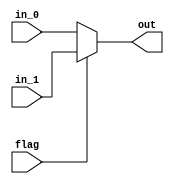
module mux #(
  parameter LENGTH = 4,
  parameter DATA_WIDTH = 16
)(
  input flag,
  input [LENGTH*DATA_WIDTH-1 : 0] in_0,
  input [LENGTH*DATA_WIDTH-1 : 0] in_1,  
  output [LENGTH*DATA_WIDTH-1 : 0] out  
);
  assign out = flag ? in_1 : in_0;
endmodule

module invert #(
  parameter LENGTH = 4,
  parameter DATA_WIDTH = 16
) (
  input [LENGTH*DATA_WIDTH-1 : 0] in,
  output [LENGTH*DATA_WIDTH-1 : 0] out
);
  genvar i; 
  generate for (i=0; i<LENGTH; i=i+1)
    assign out[DATA_WIDTH*(i+1) -1 -: DATA_WIDTH] 
           = in[DATA_WIDTH*(LENGTH-i) -1 -: DATA_WIDTH];
  endgenerate 
endmodule

module shifter #(
  parameter LENGTH = 3,
  parameter DATA_WIDTH = 16
) (
  input clk,
  input enable,
  input [DATA_WIDTH-1 : 0] in,
  output reg [DATA_WIDTH-1 : 0] out = 0
);
  reg [DATA_WIDTH*LENGTH-1 : 0] inner_shifters = 0;
  integer i;
  always @(posedge clk ) begin
    if (enable) begin
      inner_shifters[DATA_WIDTH-1 : 0] <= in;
      out <= inner_shifters[DATA_WIDTH*LENGTH-1 -: DATA_WIDTH];
      for (i=1; i<LENGTH; i=i+1) 
        inner_shifters[DATA_WIDTH*(i+1) - 1 -: DATA_WIDTH] 
        <= inner_shifters[DATA_WIDTH*i - 1 -: DATA_WIDTH];
    end else begin
      out <= out;
      inner_shifters <= inner_shifters;
    end
  end  
endmodule

module column_shifter #(
  parameter LENGTH = 4,
  parameter DATA_WIDTH = 16
) (
  input clk,
  input enable,
  input [LENGTH*DATA_WIDTH-1 : 0] in,
  output reg [LENGTH*DATA_WIDTH-1 : 0] out  
);
  always @(posedge clk) out <= in;
endmodule

// 
module triangle_shifter_array #(
  parameter HIGHT = 4,
  parameter DATA_WIDTH = 16 
) (
  input clk,
  input enable,
  input [DATA_WIDTH*HIGHT-1 : 0] in,
  output [DATA_WIDTH*HIGHT-1 : 0] out
);
  reg [DATA_WIDTH-1:0] lowest = 0;
  genvar i;
  assign out[DATA_WIDTH-1 -: DATA_WIDTH] = lowest;
  always @(posedge clk) 
    lowest <= in[DATA_WIDTH-1 -: DATA_WIDTH];
  generate for( i = 1; i< HIGHT; i=i+1) begin
      shifter #(i, DATA_WIDTH) shifter (clk, enable, in[DATA_WIDTH*(i+1)-1 -: DATA_WIDTH], out[DATA_WIDTH*(i+1)-1 -: DATA_WIDTH]);
  end endgenerate
endmodule

module input_parser_1 #(
  parameter Full_Size = 8,
  parameter Half_Size = 4,
  parameter DATA_WIDTH = 16
) (
  input clk,
  input enable,
  input tile,
  input [Full_Size*DATA_WIDTH-1 : 0] in_0,
  input [Full_Size*DATA_WIDTH-1 : 0] in_1,  // 
  output [Full_Size*DATA_WIDTH-1 : 0] out_0,
  output [Full_Size*DATA_WIDTH-1 : 0] out_1 // 
);
  wire [Half_Size*DATA_WIDTH-1 : 0] wire_tri_0_out;
  wire [Half_Size*DATA_WIDTH-1 : 0] wire_tri_0_out_delayed;
  wire [Half_Size*DATA_WIDTH-1 : 0] wire_tri_1_out;
  wire [Half_Size*DATA_WIDTH-1 : 0] wire_tri_2_in;
  wire [Half_Size*DATA_WIDTH-1 : 0] wire_tri_2_out;
  wire [Half_Size*DATA_WIDTH-1 : 0] wire_tri_2_out_inv;
  wire [Half_Size*DATA_WIDTH-1 : 0] wire_tri_3_in;
  wire [Half_Size*DATA_WIDTH-1 : 0] wire_tri_3_out;
  wire [Half_Size*DATA_WIDTH-1 : 0] inv_3_data_out;

  triangle_shifter_array #(Half_Size, DATA_WIDTH) triangle_0 (clk, enable, in_0[Half_Size*DATA_WIDTH-1 -: Half_Size*DATA_WIDTH], wire_tri_0_out);
  triangle_shifter_array #(Half_Size, DATA_WIDTH) triangle_1 (clk, enable, in_0[Full_Size*DATA_WIDTH-1 -: Half_Size*DATA_WIDTH], wire_tri_1_out);
  mux #(Half_Size,DATA_WIDTH) mux_tri_2_in (tile, wire_tri_1_out, in_1[Full_Size*DATA_WIDTH-1 -: Half_Size*DATA_WIDTH], wire_tri_2_in);
  triangle_shifter_array #(Half_Size, DATA_WIDTH) triangle_2 (clk, enable, wire_tri_2_in, wire_tri_2_out);
  invert #(Half_Size,DATA_WIDTH) invert_2_out (wire_tri_2_out, wire_tri_2_out_inv);
  mux #(Half_Size,DATA_WIDTH) mux_tri_3_in (tile, wire_tri_2_out_inv, in_1[Half_Size*DATA_WIDTH-1 -: Half_Size*DATA_WIDTH], wire_tri_3_in);
  triangle_shifter_array #(Half_Size, DATA_WIDTH) triangle_3 (clk, enable, wire_tri_3_in, wire_tri_3_out);
  invert #(Half_Size,DATA_WIDTH) invert_3_out (wire_tri_3_out, inv_3_data_out);
  column_shifter # (Half_Size, DATA_WIDTH) column (clk, enable, wire_tri_0_out, wire_tri_0_out_delayed);
  assign out_0[Full_Size*DATA_WIDTH-1 -: Half_Size*DATA_WIDTH] = tile ? wire_tri_3_out : inv_3_data_out;
  assign out_0[Half_Size*DATA_WIDTH-1 -: Half_Size*DATA_WIDTH] = tile ? wire_tri_0_out : wire_tri_0_out_delayed;
  assign out_1[Half_Size*DATA_WIDTH-1 -: Half_Size*DATA_WIDTH] = wire_tri_3_out;
  assign out_1[Full_Size*DATA_WIDTH-1 -: Half_Size*DATA_WIDTH] = wire_tri_2_out;
endmodule

module input_parser_2 #(
  parameter Full_Size = 8,
  parameter Half_Size = 4,
  parameter DATA_WIDTH = 16
) (
  input clk,
  input enable,
  input tile,
  input [3:0] sub_tile,
  input [Full_Size*DATA_WIDTH-1 : 0] in_0,
  input [Full_Size*DATA_WIDTH-1 : 0] in_1,  // 
  output [Full_Size*DATA_WIDTH-1 : 0] out_0,
  output [Full_Size*DATA_WIDTH-1 : 0] out_1 // 
);
  wire [Half_Size*DATA_WIDTH-1 : 0] wire_tri_0_out;
  wire [Half_Size*DATA_WIDTH-1 : 0] wire_tri_0_out_delayed;
  wire [Half_Size*DATA_WIDTH-1 : 0] wire_tri_1_out;
  wire [Half_Size*DATA_WIDTH-1 : 0] wire_tri_2_in;
  wire [Half_Size*DATA_WIDTH-1 : 0] wire_tri_2_out;
  wire [Half_Size*DATA_WIDTH-1 : 0] wire_tri_2_out_inv;
  wire [Half_Size*DATA_WIDTH-1 : 0] wire_tri_3_in;
  wire [Half_Size*DATA_WIDTH-1 : 0] wire_tri_3_out;
  wire [Half_Size*DATA_WIDTH-1 : 0] inv_3_data_out;

  triangle_shifter_array #(Half_Size, DATA_WIDTH) triangle_0 (clk, enable, in_0[Half_Size*DATA_WIDTH-1 -: Half_Size*DATA_WIDTH], wire_tri_0_out);
  triangle_shifter_array #(Half_Size, DATA_WIDTH) triangle_1 (clk, enable, in_0[Full_Size*DATA_WIDTH-1 -: Half_Size*DATA_WIDTH], wire_tri_1_out);
  mux #(Half_Size,DATA_WIDTH) mux_tri_2_in (tile, wire_tri_1_out, in_1[Full_Size*DATA_WIDTH-1 -: Half_Size*DATA_WIDTH], wire_tri_2_in);
  triangle_shifter_array #(Half_Size, DATA_WIDTH) triangle_2 (clk, enable, wire_tri_2_in, wire_tri_2_out);
  invert #(Half_Size,DATA_WIDTH) invert_2_out (wire_tri_2_out, wire_tri_2_out_inv);
  mux #(Half_Size,DATA_WIDTH) mux_tri_3_in (tile, wire_tri_2_out_inv, in_1[Half_Size*DATA_WIDTH-1 -: Half_Size*DATA_WIDTH], wire_tri_3_in);
  triangle_shifter_array #(Half_Size, DATA_WIDTH) triangle_3 (clk, enable, wire_tri_3_in, wire_tri_3_out);
  invert #(Half_Size,DATA_WIDTH) invert_3_out (wire_tri_3_out, inv_3_data_out);
  column_shifter # (Half_Size, DATA_WIDTH) column (clk, enable, wire_tri_0_out, wire_tri_0_out_delayed);
  assign out_0[Full_Size*DATA_WIDTH-1 -: Half_Size*DATA_WIDTH] = tile ? wire_tri_3_out : inv_3_data_out;
  assign out_0[Half_Size*DATA_WIDTH-1 -: Half_Size*DATA_WIDTH] = tile ? wire_tri_0_out : wire_tri_0_out_delayed;
  assign out_1[Half_Size*DATA_WIDTH-1 -: Half_Size*DATA_WIDTH] = wire_tri_3_out;
  assign out_1[Full_Size*DATA_WIDTH-1 -: Half_Size*DATA_WIDTH] = wire_tri_2_out;
endmodule